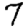
Digit: 7